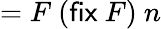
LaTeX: =F\ ({\textsf{fix}}\ F)\ n